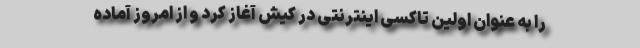
را به عنوان اولین تاکسی اینترنتی در کیش آغاز کرد و از امروز آماده